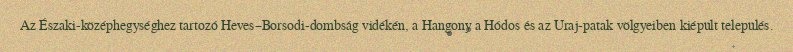
Az Északi-középhegységhez tartozó Heves–Borsodi-dombság vidékén, a Hangony a Hódos és az Uraj-patak völgyeiben kiépült település.